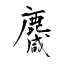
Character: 麙